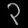
Digit: ၃